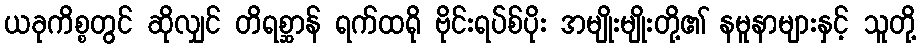
ယခုကိစ္စတွင် ဆိုလျှင် တိရစ္ဆာန် ရက်ထရို ဗိုင်းရပ်စ်ပိုး အမျိုးမျိုးတို့၏ နမူနာများနှင့် သူတို့